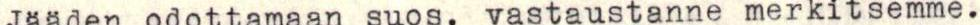
Jääden odottamaan suos. vastaustanne merkitsemme.